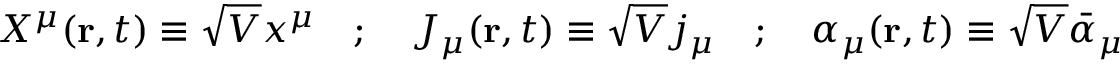
X ^ { \mu } ( { \bf r } , t ) \equiv \sqrt { V } x ^ { \mu } \quad ; \quad J _ { \mu } ( { \bf r } , t ) \equiv \sqrt { V } j _ { \mu } \quad ; \quad \alpha _ { \mu } ( { \bf r } , t ) \equiv \sqrt { V } { \bar { \alpha } } _ { \mu }